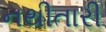
નથીતારી